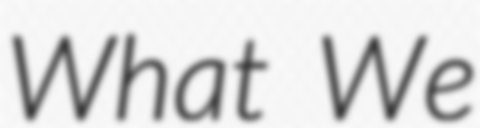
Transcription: What We